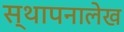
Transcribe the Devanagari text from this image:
स्थापनालेख